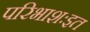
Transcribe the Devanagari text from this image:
परिभाशःइत